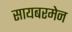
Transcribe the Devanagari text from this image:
सायबरमेन